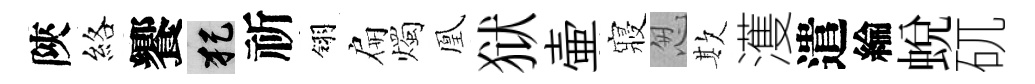
陝絡饗犯祈翎扁燭凰狱壷寢怱欺濩遣綸蜕矹